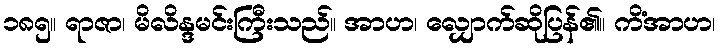
၁၈၅။ ရာဇာ၊ မိလိန္ဒမင်းကြီးသည်။ အာဟ၊ လျှောက်ဆိုပြန်၏။ ကိံအာဟ၊